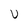
Character: U